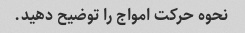
نحوه حرکت امواج را توضیح دهید.